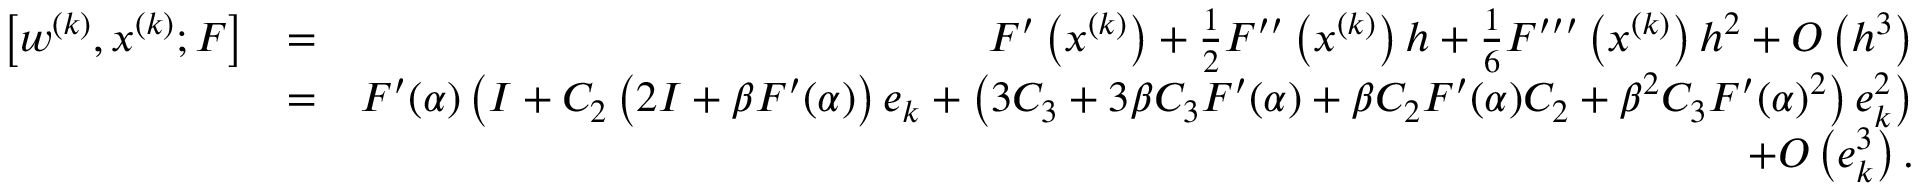
\begin{array} { r l r } { \left[ w ^ { ( k ) } , x ^ { ( k ) } ; F \right] } & { = } & { F ^ { \prime } \left( x ^ { ( k ) } \right) + \frac { 1 } { 2 } F ^ { \prime \prime } \left( x ^ { ( k ) } \right) h + \frac { 1 } { 6 } F ^ { \prime \prime \prime } \left( x ^ { ( k ) } \right) h ^ { 2 } + O \left( h ^ { 3 } \right) } \\ & { = } & { F ^ { \prime } ( \alpha ) \left( I + C _ { 2 } \left( 2 I + \beta F ^ { \prime } ( \alpha ) \right) e _ { k } + \left( 3 C _ { 3 } + 3 \beta C _ { 3 } F ^ { \prime } ( \alpha ) + \beta C _ { 2 } F ^ { \prime } ( \alpha ) C _ { 2 } + \beta ^ { 2 } C _ { 3 } F ^ { \prime } ( \alpha ) ^ { 2 } \right) e _ { k } ^ { 2 } \right) } \\ & { } & { + O \left( e _ { k } ^ { 3 } \right) . } \end{array}